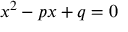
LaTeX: x ^ { 2 } - p x + q = 0